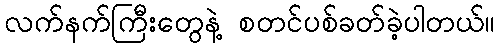
လက်နက်ကြီးတွေနဲ့ စတင်ပစ်ခတ်ခဲ့ပါတယ်။